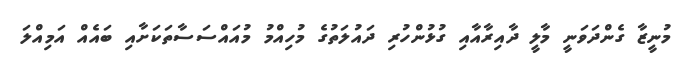
މުނީޒާ ގެންދަވަނީ މާލީ ދާއިރާއާއި ގުޅުންހުރި ދައުލަތުގެ މުހިއްމު މުއައްސަސާތަކަށާއި ބައެއް އަމިއްލަ